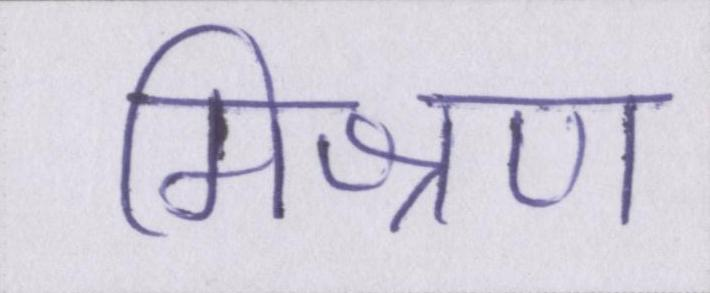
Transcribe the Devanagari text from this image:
मिश्रण